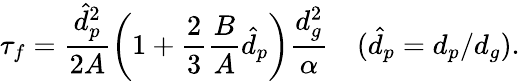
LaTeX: \tau_{f}=\frac{\hat{d}_{p}^{2}}{2A}\left(1+\frac 23\frac BA\hat{d}_{p}\right)\frac{d_{g}^{2}}{\alpha}\quad(\hat{d}_{p}=d_{p}/d_{g}).